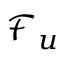
\textstyle { \mathcal { F } } _ { u }